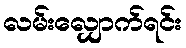
လမ်းလျှောက်ရင်း